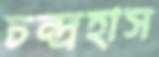
চন্দ্রহাস